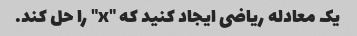
یک معادله ریاضی ایجاد کنید که "x" را حل کند.